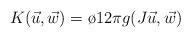
LaTeX: \begin{align*}K ( \vec u, \vec w)=\o{1}{2\pi} g (J \vec u , \vec w)\end{align*}